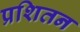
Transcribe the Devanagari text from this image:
प्रशितन